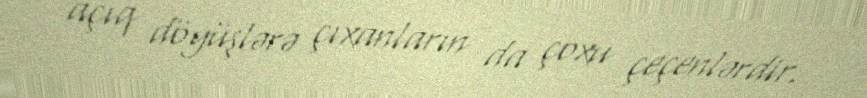
açıq döyüşlərə çıxanların da çoxu çeçenlərdir.